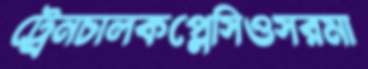
ট্রেনচালকপ্লেসিওসরমা